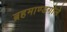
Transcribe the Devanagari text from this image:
ब्रहमाण्डगोले